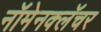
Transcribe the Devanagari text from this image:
नॉमेनक्लॅचर